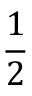
\frac { 1 } { 2 }